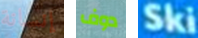
إنسانة دوف Ski